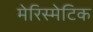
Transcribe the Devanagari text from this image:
मेरिस्मेटिक